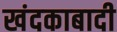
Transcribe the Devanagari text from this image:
खंदकाबादी